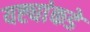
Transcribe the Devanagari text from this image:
यष्ट्यांकडे